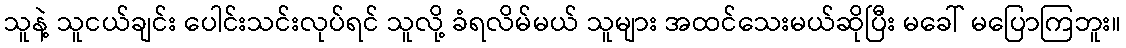
သူနဲ့ သူငယ်ချင်း ပေါင်းသင်းလုပ်ရင် သူလို့ ခံရလိမ်မယ် သူများ အထင်သေးမယ်ဆိုပြီး မခေါ် မပြောကြဘူး။